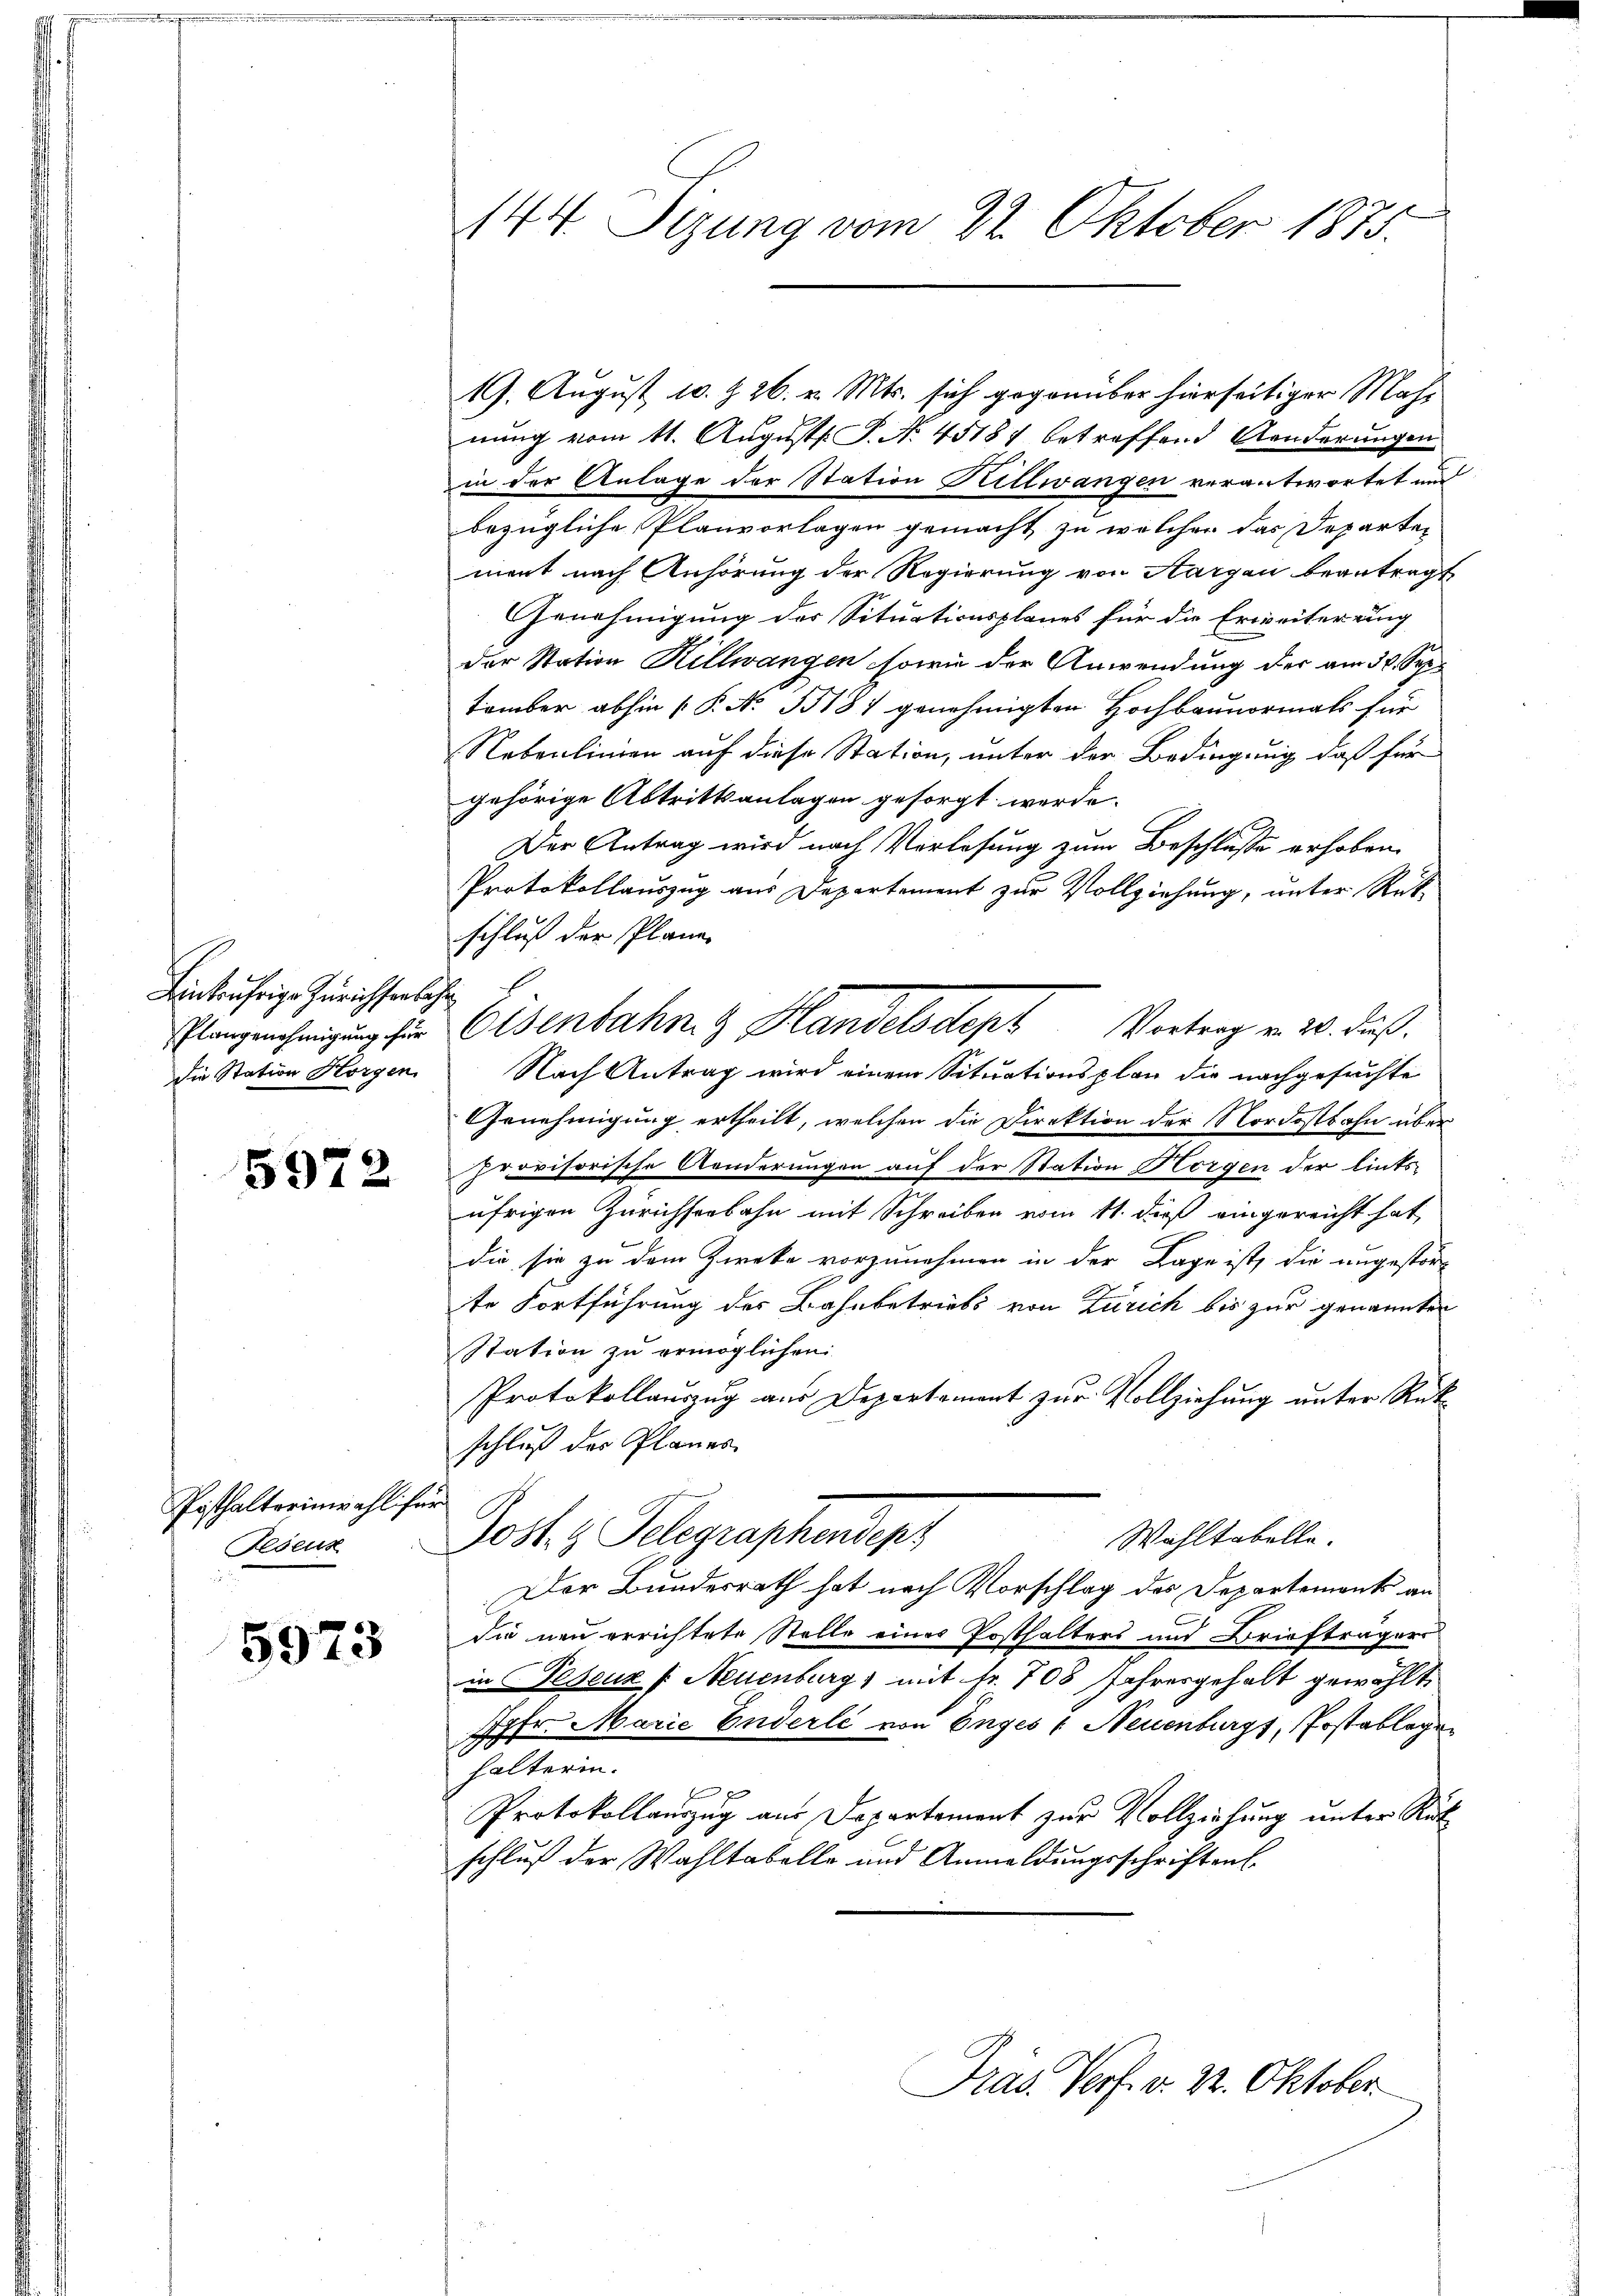
Einbrährige Zürichserkehr
Plangenehmigung für
die Station Horgen.

5972

Posthalterinwahl für
Peseuz

5973

144 Sizung vom 22. Oktober 1873.

19. August 10. § 26. v. Mts. sich gegenüber hierseitiger Mahnung vom 11. August. P. Nr. 45181 betreffend Aenderungen
in der Anlage der Station Hillwangen verantwortet und
bezügliche Planvorlagen gemacht, zu welcher das Departen
ment nach Anhörung der Regierung von Aargau beantragt
Genehmigung der Situationsplanes für die Erweiterung
der Station Hillwangen sowie der Anwendung der am 30. September abhin (P. Nr. 55181 genehmigten Hochbaunormals für
Nebenlinien auf diese Station, unter der Bedingung, daß für
gehörige Abtrittsanlagen gesorgt werde.
Der Antrag wird nach Vorlesung zum Beschlusse erhoben.
Protokollauszug aus Departement zur Vollziehung, unter Rüt
schluß der Plane
Nach Antrag wird einem Situationsplan die nachgesuchte
Genehmigung ertheilt, welchen die Direktion der Nordostbahn über
provisorische Aenderungen auf der Station Horgen der links-
ufrigen Zürichseebahn mit Schreiben vom 11. dieß eingereicht hat
die sie zu dem Zweke vorzunehmen in der Lage ist, die ungestört
te Fortführung des Bahnbetriebs von Zürich bis zur genannten
Station zu ermöglichen
Protokollauszug aus Departement zur Vollziehung unter Rükschluß des Planes
Jost 4 Telegraphendepr
Wahltabelle.
Der Bundesrath hat nach Vorschlag des Departements an
die neu errichtete Stelle eines Posthalters und Briefträgers
in Peseuz /: Neuenburg, mit fr. 708 Jahresgehalt gewählt,
7fr. Marie Enderli von Enges u Neuenburgs, Postablagen
halterin.
 f x
Protokollauszug aus Departement zur Vollziehung unter Rück
schluß der Wahltabelle und Anmeldungsschriften

Eisenbahn & Handelsdens Vortrag v. 20. Fuß.

Präs. Verf. v. 22. Oktober